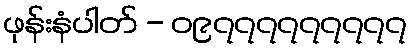
ဖုန်းနံပါတ် - ၀၉၇၇၇၇၇၇၇၇၇